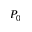
P _ { 0 }